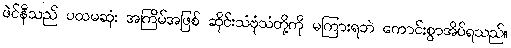
ဖဲင်နီသည် ပထမဆုံး အကြိမ်အဖြစ် ဆိုင်းသံဗုံသံတို့ကို မကြားရဘဲ ကောင်းစွာအိပ်ရသည်။